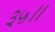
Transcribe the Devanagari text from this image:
३५॥